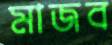
মাজব